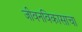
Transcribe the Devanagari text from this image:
जीवनविकासाचा